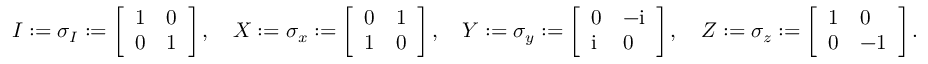
I : = \sigma _ { I } : = \left[ \begin{array} { l l } { 1 } & { 0 } \\ { 0 } & { 1 } \end{array} \right] , \quad X : = \sigma _ { x } : = \left[ \begin{array} { l l } { 0 } & { 1 } \\ { 1 } & { 0 } \end{array} \right] , \quad Y : = \sigma _ { y } : = \left[ \begin{array} { l l } { 0 } & { - \mathrm { i } } \\ { \mathrm { i } } & { 0 } \end{array} \right] , \quad Z : = \sigma _ { z } : = \left[ \begin{array} { l l } { 1 } & { 0 } \\ { 0 } & { - 1 } \end{array} \right] .